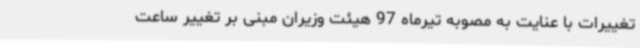
تغییرات با عنایت به مصوبه تیرماه 97 هیئت وزیران مبنی بر تغییر ساعت